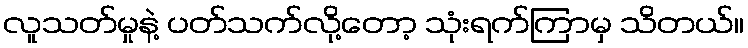
လူသတ်မှုနဲ့ ပတ်သက်လို့တော့ သုံးရက်ကြာမှ သိတယ်။